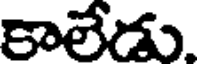
కాలేడు.